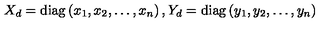
X _ { d } = \mathrm { d i a g } \left( x _ { 1 } , x _ { 2 } , \ldots , x _ { n } \right) , Y _ { d } = \mathrm { d i a g } \left( y _ { 1 } , y _ { 2 } , \ldots , y _ { n } \right)